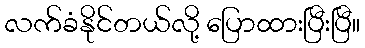
လက်ခံနိုင်တယ်လို့ ပြောထားပြီးပြီ။